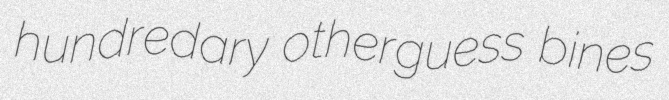
hundredary otherguess bines